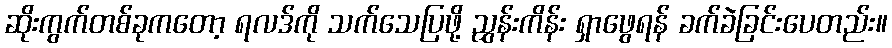
ဆိုးကွက်တစ်ခုကတော့ ရလဒ်ကို သက်သေပြဖို့ ညွှန်းကိန်း ရှာဖွေရန် ခက်ခဲခြင်းပေတည်း။